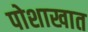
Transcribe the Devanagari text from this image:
पोशाखात